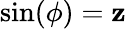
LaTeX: \sin(\phi)=\mathbf{z}